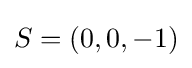
S=(0,0,-1)